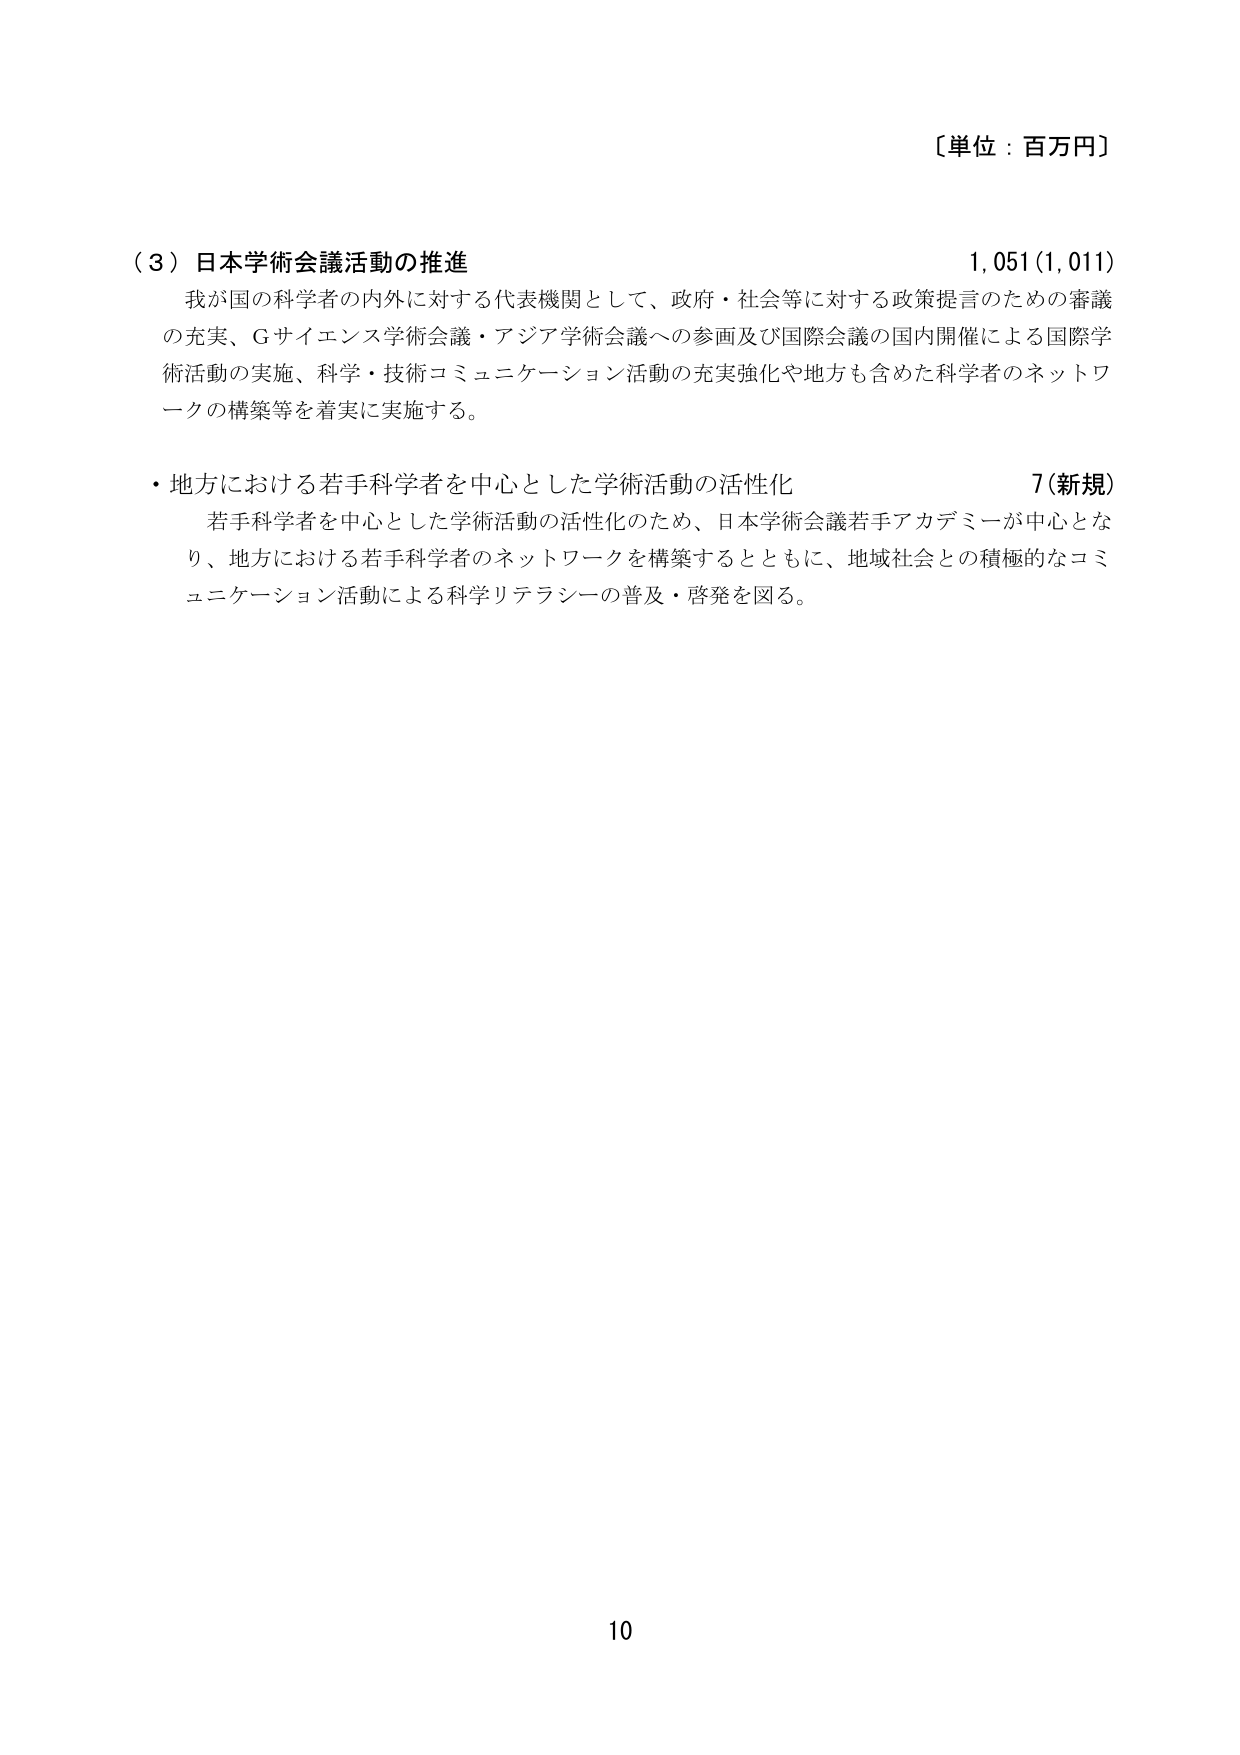
〔単位：百万円〕

（３）日本学術会議活動の推進　　　　　　　　　　　　　　　　　　　1,051（1,011）
　我が国の科学者の内外に対する代表機関として、政府・社会等に対する政策提言のための審議
の充実、Gサイエンス学術会議・アジア学術会議への参画及び国際会議の国内開催による国際学
術活動の実施、科学・技術コミュニケーション活動の充実強化や地方も含めた科学者のネットワ
ークの構築等を着実に実施する。

・地方における若手科学者を中心とした学術活動の活性化　　　　　　　7（新規）
　若手科学者を中心とした学術活動の活性化のため、日本学術会議若手アカデミーが中心とな
り、地方における若手科学者のネットワークを構築するとともに、地域社会との積極的なコミ
ュニケーション活動による科学リテラシーの普及・啓発を図る。

10